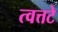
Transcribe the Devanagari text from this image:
त्वत्तटे